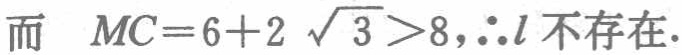
而 \(MC = 6 + 2\sqrt{3}>8,\therefore l\) 不存在.